Annual statistical returns and brief notes on vaccination in Bengal - 1887-1898
Year: 1887
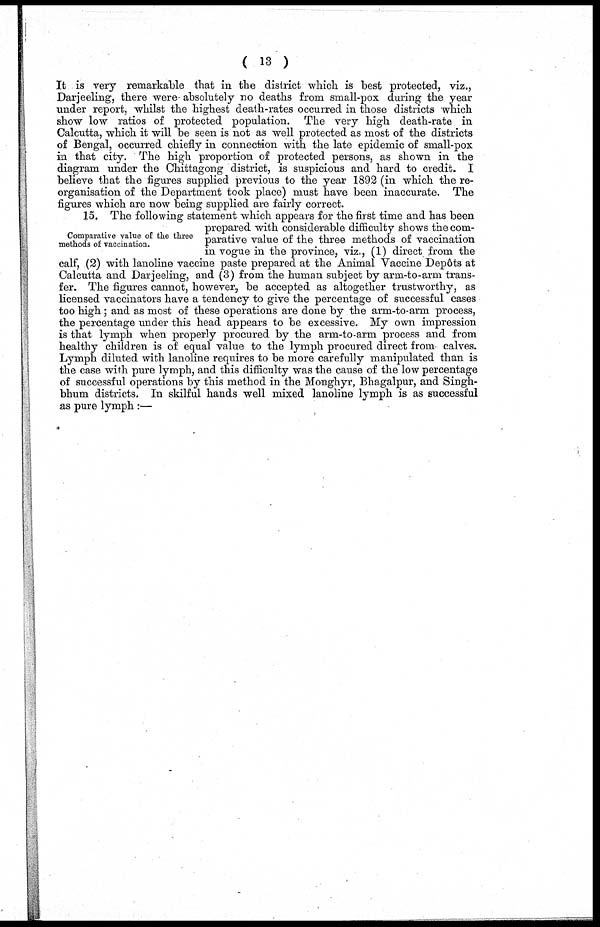
( 13 )
It is very remarkable that in the district which is best protected, viz.,
Darjeeling, there were absolutely no deaths from small-pox during the year
under report, whilst the highest death-rates occurred in those districts which
show low ratios of protected population. The very high death-rate in
Calcutta, which it will be seen is not as well protected as most of the districts
of Bengal, occurred chiefly in connection with the late epidemic of small-pox
in that city. The high proportion of protected persons, as shown in the
diagram under the Chittagong district, is suspicious and hard to credit. I
believe that the figures supplied previous to the year 1892 (in which the re-
organisation of the Department took place) must have been inaccurate. The
figures which are now being supplied are fairly correct.
Comparative value of the three
methods of vaccination.
15. The following statement which appears for the first time and has been
prepared with considerable difficulty shows the com-
parative value of the three methods of vaccination
in vogue in the province, viz., (1) direct from the
calf, (2) with lanoline vaccine paste prepared at the Animal Vaccine Depôts at
Calcutta and Darjeeling, and (3) from the human subject by arm-to-arm trans-
fer. The figures cannot, however, be accepted as altogether trustworthy, as
licensed vaccinators have a tendency to give the percentage of successful cases
too high ; and as most of these operations are done by the arm-to-arm process,
the percentage under this head appears to be excessive. My own impression
is that lymph when properly procured by the arm-to-arm process and from
healthy children is of equal value to the lymph procured direct from calves.
Lymph diluted with lanoline requires to be more carefully manipulated than is
the case with pure lymph, and this difficulty was the cause of the low percentage
of successful operations by this method in the Monghyr, Bhagalpur, and Singh¬
bhum districts. In skilful hands well mixed lanoline lymph is as successful
as pure lymph :—